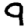
Digit: 9